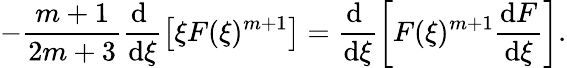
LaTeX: -\frac{m+1}{2m+3}\frac{\mathrm{d}~}{\mathrm{d}\xi}\left[\xi F(\xi)^{m+1}\right]=\frac{\mathrm{d}~}{\mathrm{d}\xi}\left[F(\xi)^{m+1}\frac{\mathrm{d}F}{\mathrm{d}\xi}\right].